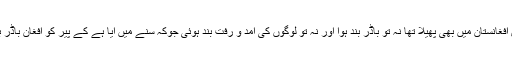
کرونا وائرس افغانستان میں بھی پھیلا تھا نہ تو باڈر بند ہوا اور نہ تو لوگوں کی آمد و رفت بند ہوئی جوکہ سنے میں آیا ہے کے پیر کو افغان باڈر بند کردیا ہے۔